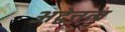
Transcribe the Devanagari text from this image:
अद्वेत्तत्व